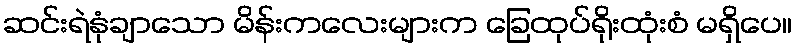
ဆင်းရဲနုံချာသော မိန်းကလေးများက ခြေထုပ်ရိုးထုံးစံ မရှိပေ။